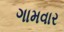
ગામવાર